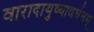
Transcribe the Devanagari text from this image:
वारादायुष्यावर्धनम्